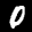
Label: 0